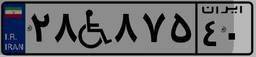
۲۸W۸۷۵۴۰